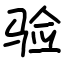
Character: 验